Annual report on the mental hospital in the Central Provinces and Berar (Nagpur) - 1927-1951
Year: 1927
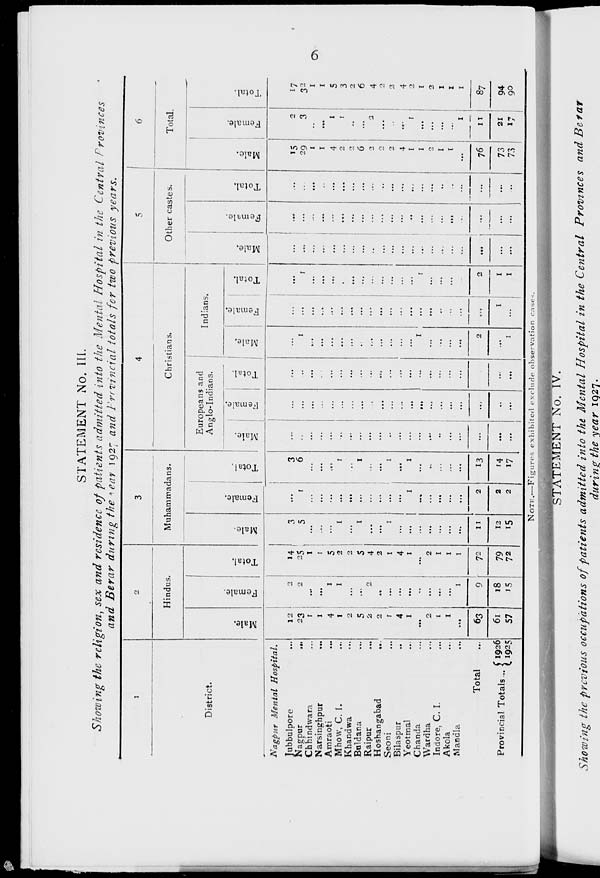
6
STATEMENT No. III.
Showing the religion, sex and residence of patients admitted into the Mental Hospital in the Central Provinces
and Berar during the year 1927 and Previncial totals for two previous years.
1
District.
Nagpur Mental Hospital.
Jubbulpore ...
Nagpur
...
Chhindwara ...
Narsinghpur ...
Amraoti ...
Mhow, C. I. ...
Khandwa ...
Buldana ...
Raipur ...
Hoshangabad
...
Seoni ...
Bilaspur ...
Yeotmal ...
Chanda ...
Wardha ...
Indore, C. I. ...
Akola ...
Mandla ...
Total ...
Provincial Totals ... 1926
1925
2
Hindus.
Male.
12
23
1
1
4
1
2
5
2
2
1
4
1
...
2
1
1
...
63
61
57
Female.
2
2
...
...
1
1
...
...
2
...
...
...
...
...
...
...
...
1
9
18
15
Total.
14
25
1
1
5
2
2
5
4
2
1
4
1
...
2
1
1
1
72
79
72
3
Muhammadans.
Male.
3
5
...
...
...
1
...
1
...
...
1
...
...
...
...
...
...
...
11
12
15
Female.
...
1
...
...
...
...
...
...
...
...
...
...
1
...
...
...
...
...
2
2
2
Total.
3
6
...
...
...
1
...
1
...
...
1
...
1
...
...
...
...
...
13
14
17
4
Christians.
Europeans and
Anglo-Indians.
Male.
...
...
...
...
...
...
...
...
...
...
...
...
...
...
...
..
...
...
...
...
...
Female.
...
...
...
...
...
...
...
...
...
1
...
...
...
...
...
...
...
...
...
...
...
Total.
...
...
...
...
...
...
...
...
...
...
...
...
...
...
...
...
...
...
...
...
...
Indians.
Mal e.
...
1
...
...
...
...
...
...
...
...
...
...
...
1
...
...
...
...
2
...
1
Femal e.
...
...
...
...
...
...
...
...
...
...
...
...
...
...
...
...
...
...
...
1
...
Total.
...
1
...
...
...
...
...
...
...
...
...
...
...
1
...
...
...
...
2
1
1
5
Other castes.
Male.
...
...
...
...
...
...
...
...
...
...
...
...
...
...
...
...
...
...
...
...
...
Female.
...
...
...
...
...
...
...
...
...
...
...
...
...
...
...
...
...
...
...
...
...
Total.
...
...
...
...
...
...
...
...
...
...
...
...
...
...
...
...
...
...
...
...
...
6
Total.
Male.
15
29
1
1
4
2
2
6
2
2
2
4
1
1
2
1
1
...
76
73
73
Female.
2
3
...
...
1
1
...
...
2
...
...
...
1
...
...
...
...
1
11
21
17
Total.
17
32
1
1
5
3
2
6
4
2
2
4
2
I
2
1
1
1
87
94
90
NOTE.—Figures exhibited exclude observation cases.